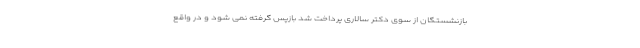
بازنشستگان از سوی دکتر سالاری پرداخت شد بازپس گرفته نمی شود و در واقع